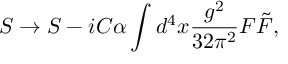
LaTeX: S \to S - i C \alpha \int d ^ { 4 } x \frac { g ^ { 2 } } { 3 2 \pi ^ { 2 } } F \tilde { F } ,